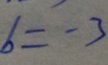
b = - 3